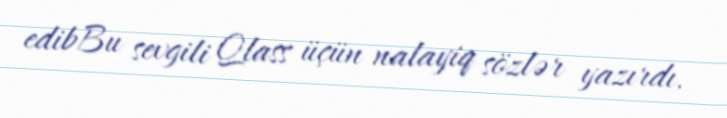
edibBu sevgili Qlass üçün nalayiq sözlər yazırdı.